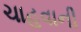
ચાહવાની